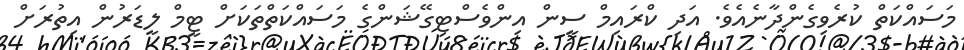
މަސައްކަތް ކުރެވިގެންދާނެއެވެ. އަދި ކްރައިމް ސީން އިންވެސްޓިގޭޝަންގެ މަސައްކަތްތަކަށް ޓީމް ލީޑަރުން އިތުރަށް